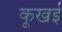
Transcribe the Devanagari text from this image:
कूखई